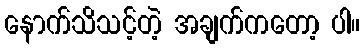
နောက်သိသင့်တဲ့ အချက်ကတော့ ပါ။